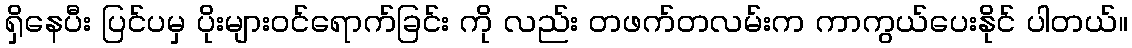
ရှိနေပီး ပြင်ပမှ ပိုးများဝင်ရောက်ခြင်း ကို လည်း တဖက်တလမ်းက ကာကွယ်ပေးနိုင် ပါတယ်။